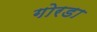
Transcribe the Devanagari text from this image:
गोरडा